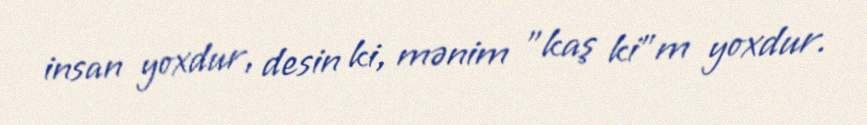
insan yoxdur, desin ki, mənim "kaş ki"m yoxdur.